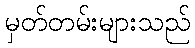
မှတ်တမ်းများသည်